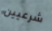
شرعيين